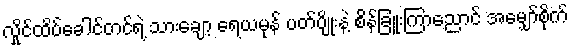
လှိုင်ထိပ်ခေါင်တင်ရဲ့ သားချော့ ရေယမုန် ပတ်ပျိုးနဲ့ စိန်ခြူးကြာညောင် အမျှော်စိုက်